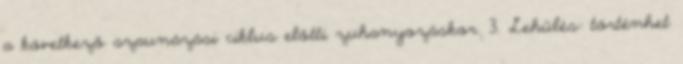
a következő szaunázási ciklus előtti zuhanyozáskor. 3. Lehűlés: történhet